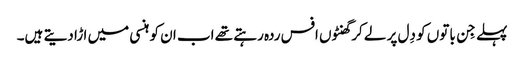
پہلے جِن باتوں کو دِل پر لے کر گھنٹوں افس ردہ رہتے تھے اب ا ن کو ہنسی میں ا ڑا دیتے ہیں۔